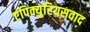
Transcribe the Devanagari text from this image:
एपिक्युरियसवाद